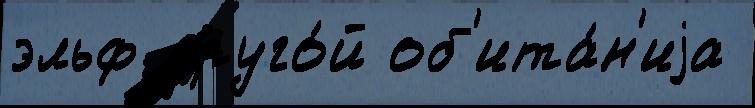
эльф друго́й об'ита́н'иjа